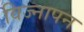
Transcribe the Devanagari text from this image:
विज्नापन